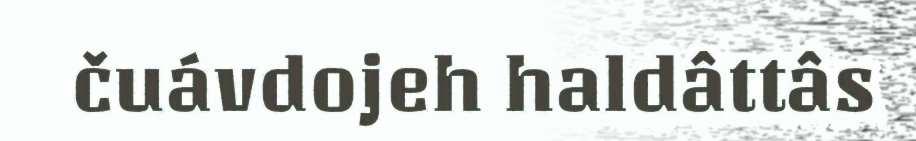
čuávdojeh haldâttâs